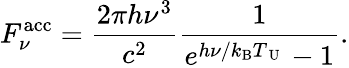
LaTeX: F_{\nu}^{\mathrm{acc}}=\frac{2\pi h\nu^{3}}{c^{2}}\frac{1}{e^{h\nu/k_{\mathrm{B}}T_{\mathrm{~U~}}}-1}.